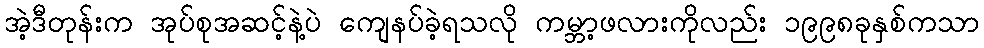
အဲ့ဒီတုန်းက အုပ်စုအဆင့်နဲ့ပဲ ကျေနပ်ခဲ့ရသလို ကမ္ဘာ့ဖလားကိုလည်း ၁၉၉၈ခုနှစ်ကသာ